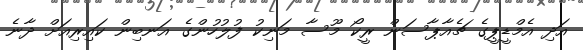
އަދި އެމްޑީޕީގެ ޗެއާޕާސަން ރީކޯ މޫސާ މަނިކު ފުލުހުންގެ އަނބިން ކައިރިއަށް ދާނެ